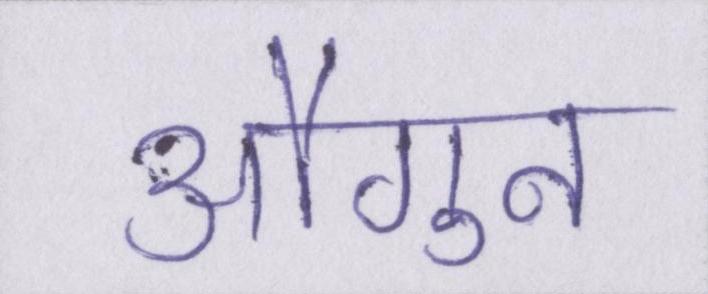
औगुन